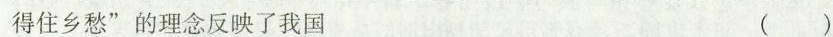
得住乡愁”的理念反映了我国 ()